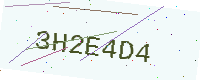
Text: 3H2E4D4